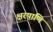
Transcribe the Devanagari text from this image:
क्षरपाणि